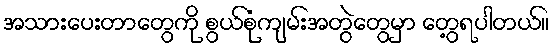
အသားပေးတာတွေကို စွယ်စုံကျမ်းအတွဲတွေမှာ တွေ့ရပါတယ်။